Vaccination in Bombay 1856-1862 - 1856-1862
Year: 1856
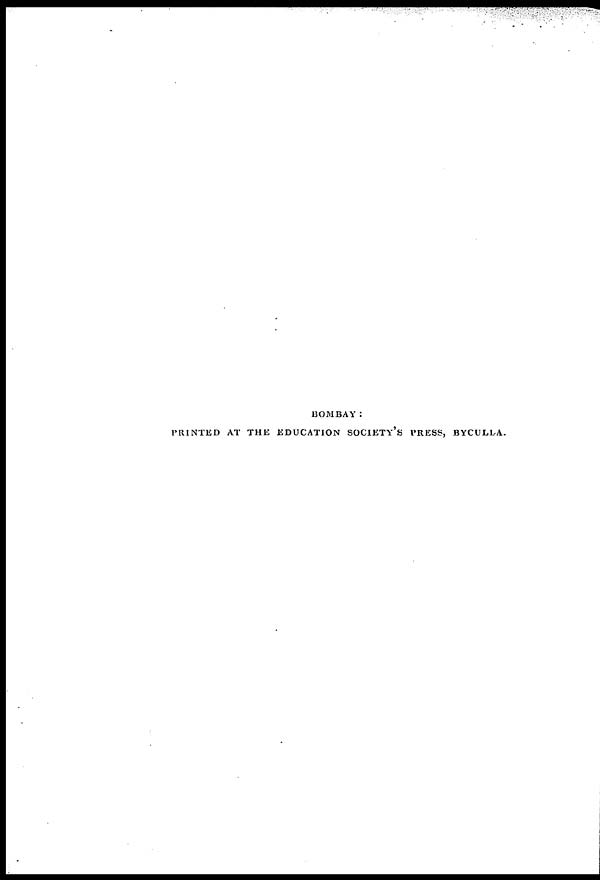
BOMBAY:
PRINTED AT THE EDUCATION SOCIETY'S PRESS, BYCULLA.